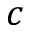
c